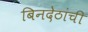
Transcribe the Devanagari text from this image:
बिनदेठांची